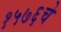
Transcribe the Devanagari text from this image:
१५७६चे